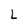
Character: L